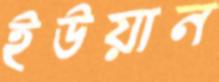
ইউয়ান